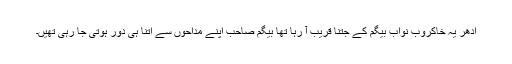
ادھر یہ خاکروب نواب بیگم کے جتنا قریب آ رہا تھا بیگم صاحب اپنے مداحوں سے اتنا ہی دور ہوتی جا رہی تھیں۔